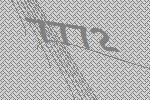
7772